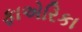
ફાએરિકા